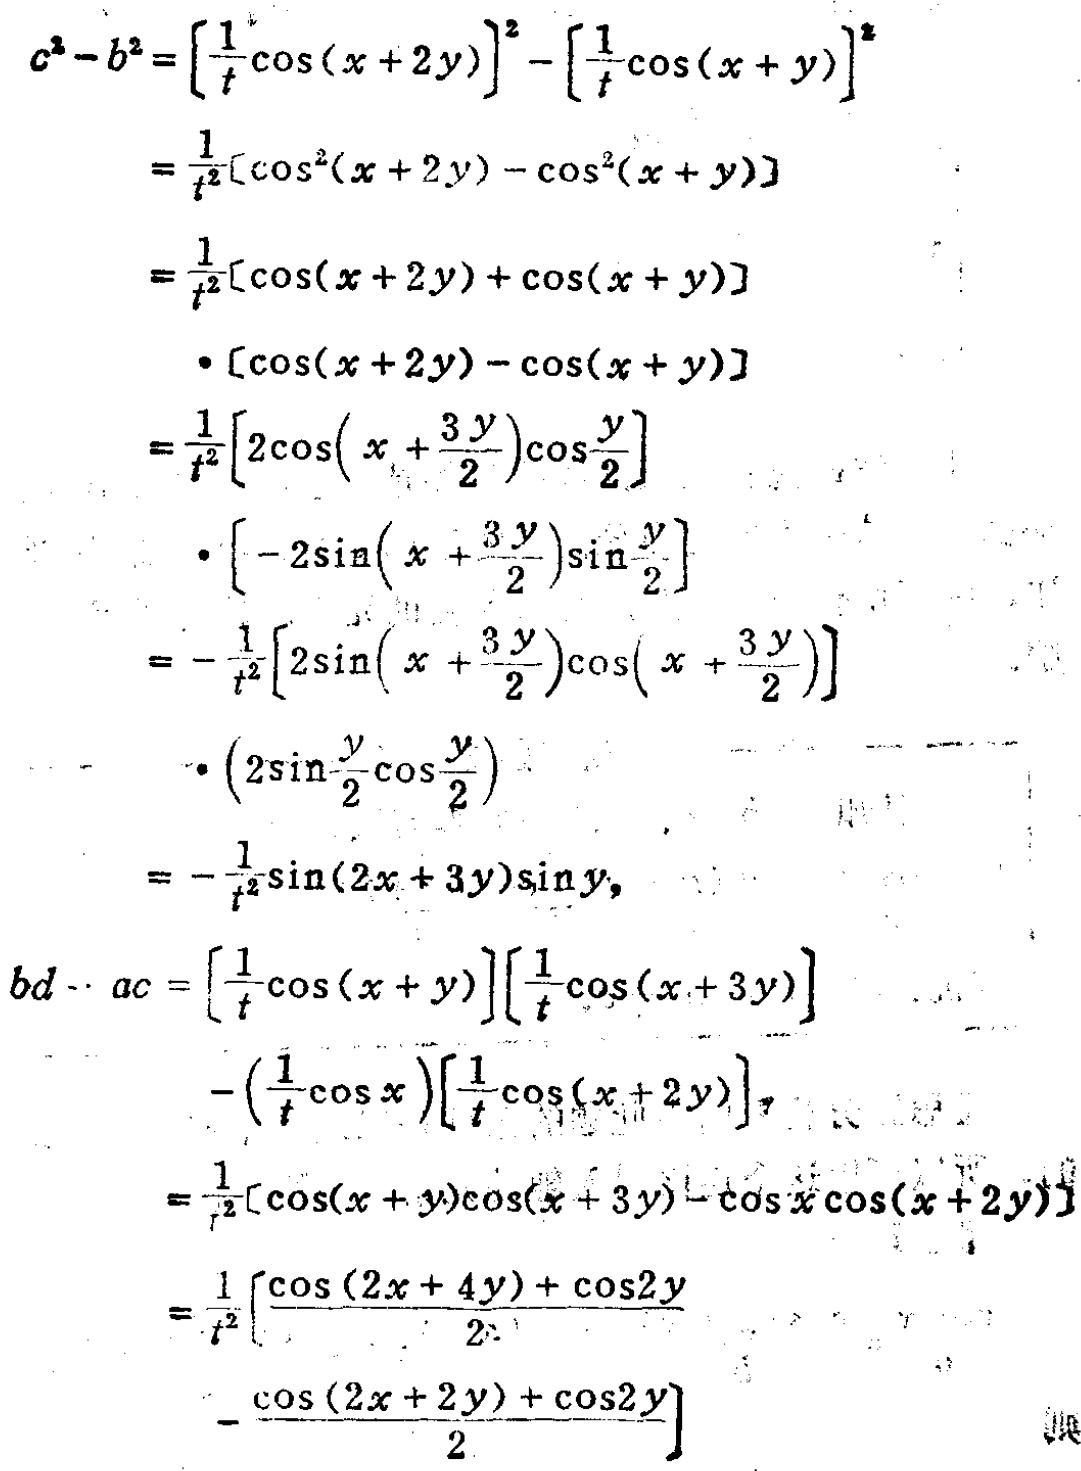
\begin{align*}

c^{2}-b^{2}&=\left[\frac{1}{t}\cos(x + 2y)\right]^{2}-\left[\frac{1}{t}\cos(x + y)\right]^{2}\\

&=\frac{1}{t^{2}}\left[\cos^{2}(x + 2y)-\cos^{2}(x + y)\right]\\

&=\frac{1}{t^{2}}\left[\cos(x + 2y)+\cos(x + y)\right]\\

&\cdot\left[\cos(x + 2y)-\cos(x + y)\right]\\

&=\frac{1}{t^{2}}\left[2\cos\left(x+\frac{3y}{2}\right)\cos\frac{y}{2}\right]\\

&\cdot\left[-2\sin\left(x+\frac{3y}{2}\right)\sin\frac{y}{2}\right]\\

&=-\frac{1}{t^{2}}\left[2\sin\left(x+\frac{3y}{2}\right)\cos\left(x+\frac{3y}{2}\right)\right]\\

&\cdot\left(2\sin\frac{y}{2}\cos\frac{y}{2}\right)\\

&=-\frac{1}{t^{2}}\sin(2x + 3y)\sin y,\\

bd - ac&=\left[\frac{1}{t}\cos(x + y)\right]\left[\frac{1}{t}\cos(x + 3y)\right]\\

&-\left(\frac{1}{t}\cos x\right)\left[\frac{1}{t}\cos(x + 2y)\right],\\

&=\frac{1}{t^{2}}\left[\cos(x + y)\cos(x + 3y)-\cos x\cos(x + 2y)\right]\\

&=\frac{1}{t^{2}}\left[\frac{\cos(2x + 4y)+\cos2y}{2}\right.\\

&\left.-\frac{\cos(2x + 2y)+\cos2y}{2}\right]

\end{align*}